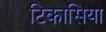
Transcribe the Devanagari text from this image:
टिकासिया